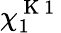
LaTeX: \chi_{1}^{\mathrm{~K~1~}}